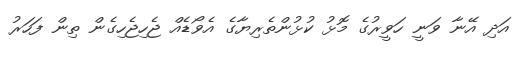
އަދި އޭނާ ވަނީ ހަވީރުގެ މޮޅު ކުޅުންތެރިޔާގެ އެވޯޑެއް ޖެހިޖެހިގެން ތިން ފަހަރު